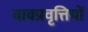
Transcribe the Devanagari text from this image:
वाक्प्रवृत्तियों